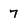
Character: 7